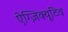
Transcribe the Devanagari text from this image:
ऐग्ज़िक्यूटिव